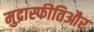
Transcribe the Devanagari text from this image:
मुद्रास्फीतिऔर